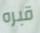
قبره